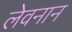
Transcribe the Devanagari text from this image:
लेवनान